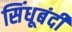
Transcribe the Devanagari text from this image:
सिंधूबंदी